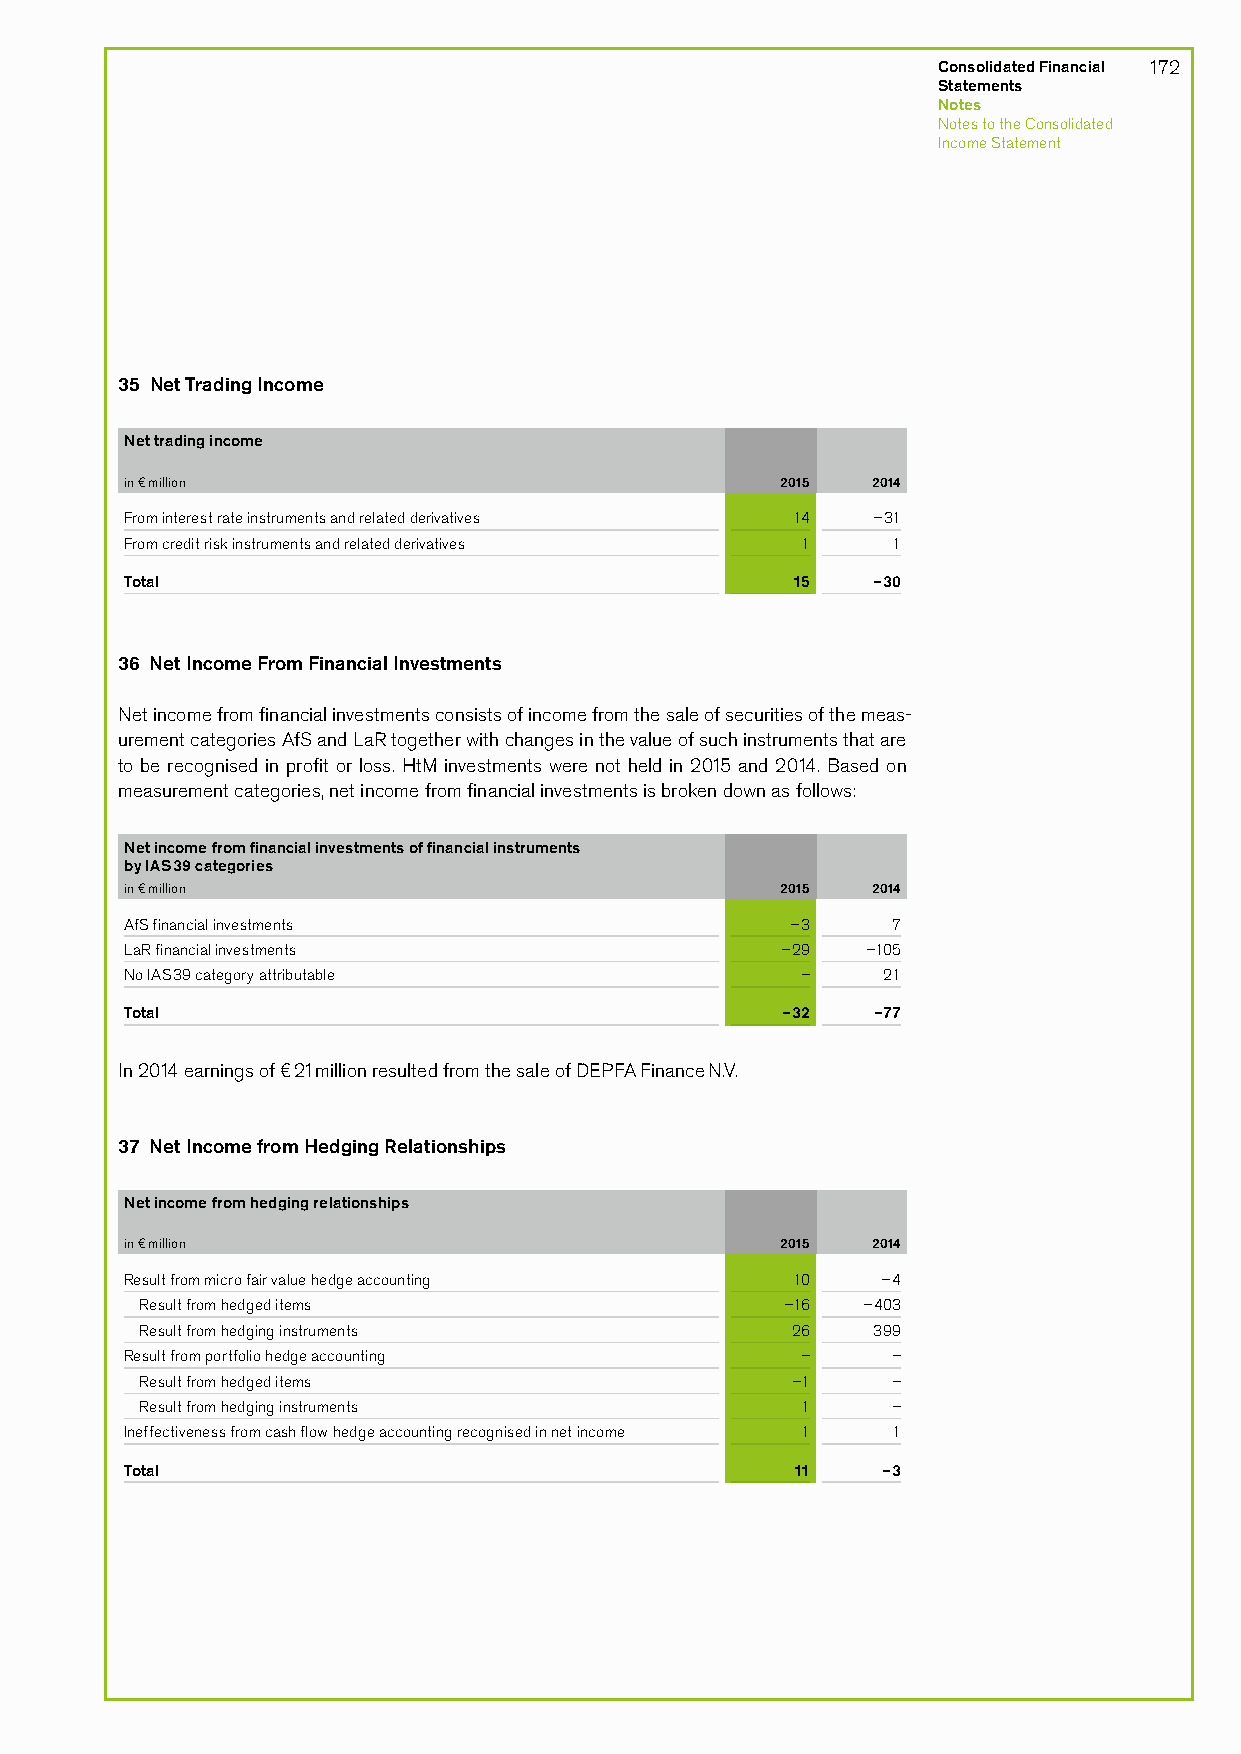
Consolidated Financial 172
 Statements
 Notes
 Notes to the Consolidated
 Income Statement
 35 Net Trading Income
 Net trading income
 in € million                                2015  2014
 From interest rate instruments and related derivatives 14 –31
 From credit risk instruments and related derivatives 1 1
 Total                                       15    –30
 36 Net Income From Financial Investments
 Net income from financial investments consists of income from the sale of securities of the meas-
 urement categories AfS and LaR together with changes in the value of such instruments that are
 to be recognised in profit or loss. HtM investments were not held in 2015 and 2014. Based on
 measurement categories, net income from financial investments is broken down as follows:
 Net income from financial investments of financial instruments
 by IAS 39 categories
 in € million                                2015  2014
 AfS financial investments                   –3     7
 LaR financial investments                   –29  –105
 No IAS 39 category attributable              –    21
 Total                                       –32   –77
 In 2014 earnings of €21 million resulted from the sale of DEPFA Finance N.V.
 37 Net Income from Hedging Relationships
 Net income from hedging relationships
 in € million                                2015  2014
 Result from micro fair value hedge accounting 10  –4
 Result from hedged items                   –16  –403
 Result from hedging instruments            26    399
 Result from portfolio hedge accounting       –     –
 Result from hedged items                   –1     –
 Result from hedging instruments             1     –
 Ineffectiveness from cash flow hedge accounting recognised in net income 1 1
 Total                                        11   –3